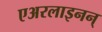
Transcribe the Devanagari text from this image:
एअरलाइनन्